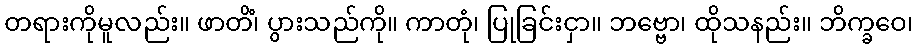
တရားကိုမူလည်း။ ဖာတိံ၊ ပွားသည်ကို။ ကာတုံ၊ ပြုခြင်းငှာ။ ဘဗ္ဗော၊ ထိုသနည်း။ ဘိက္ခဝေ၊